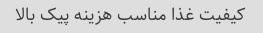
کیفیت غذا مناسب هزینه پیک بالا